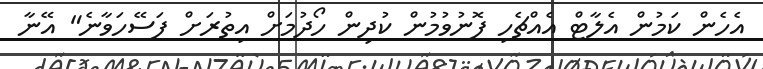
އެހެން ކަމުން އެލާޓް އެއްޗެހި ފޮނުވުމުން ކުދިން ހޯދުމަށް އިތުރަށް ފަސޭހަވާނެ" އޭނާ